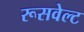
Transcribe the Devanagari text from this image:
रूसवेल्ट